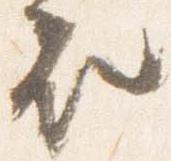
衣